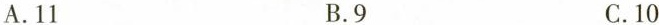
A.11 B.9 C.10